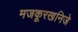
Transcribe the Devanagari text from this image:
मजकूरखनिजे